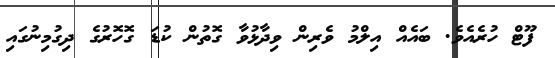
ފޫޓް ހުރެއެވެ. ބައެއް އިލްމު ވެރިން ވިދާޅުވާ ގޮތުން ކުޑަ ގޮހޮރުގެ ދިގުމިނުގައި